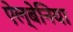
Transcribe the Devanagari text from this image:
ऐल्बेनिया